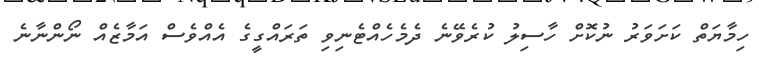
ހިމާޔަތް ކަށަވަރު ނުކޮށް ހާސިލު ކުރެވޭނެ ދެމެހެއްޓެނިވި ތަރައްގީގެ އެއްވެސް އަމާޒެއް ނޯންނާނެ